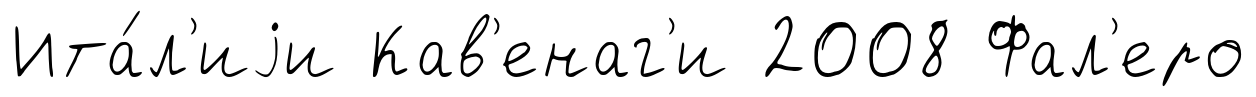
Ита́л'иjи Кав'енаг'и 2008 Фал'еро